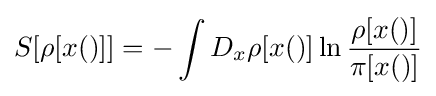
S[\rho [x()]]=-\int D_{x}\rho [x()]\ln {\rho [x()] \over \pi [x()]}